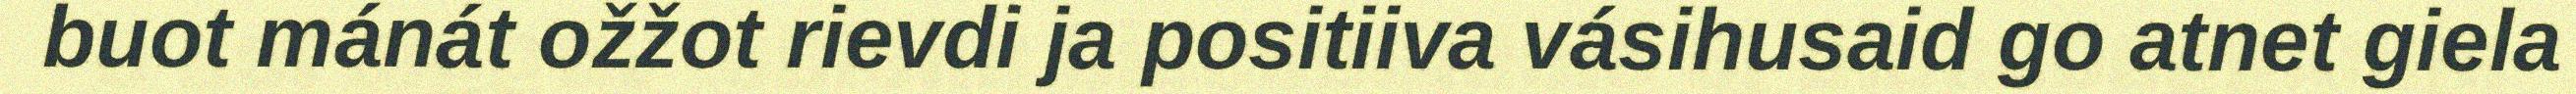
buot mánát ožžot rievdi ja positiiva vásihusaid go atnet giela